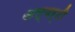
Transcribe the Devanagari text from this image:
अल्बर्टी